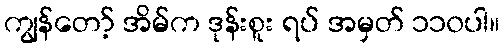
ကျွန်တော့် အိမ်က ဒုန်းစူး ရပ် အမှတ် ၁၁၀ပါ။